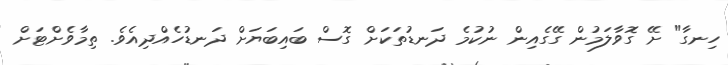
ހިނގާ" ށޭ ގޮވާލަމުން ގޭގެއިން ނުކުމެ ދަނޑުތަކަށް ގޮސް ބައިބަޔަށް ދަނޑުހެއްދިއެވެ. ތިމާވެށްޓަށް